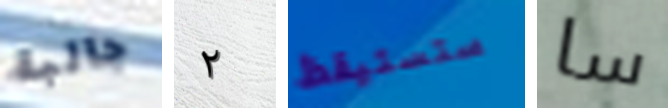
جالبة ٢ ستستيقظ سا